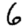
Digit: 6